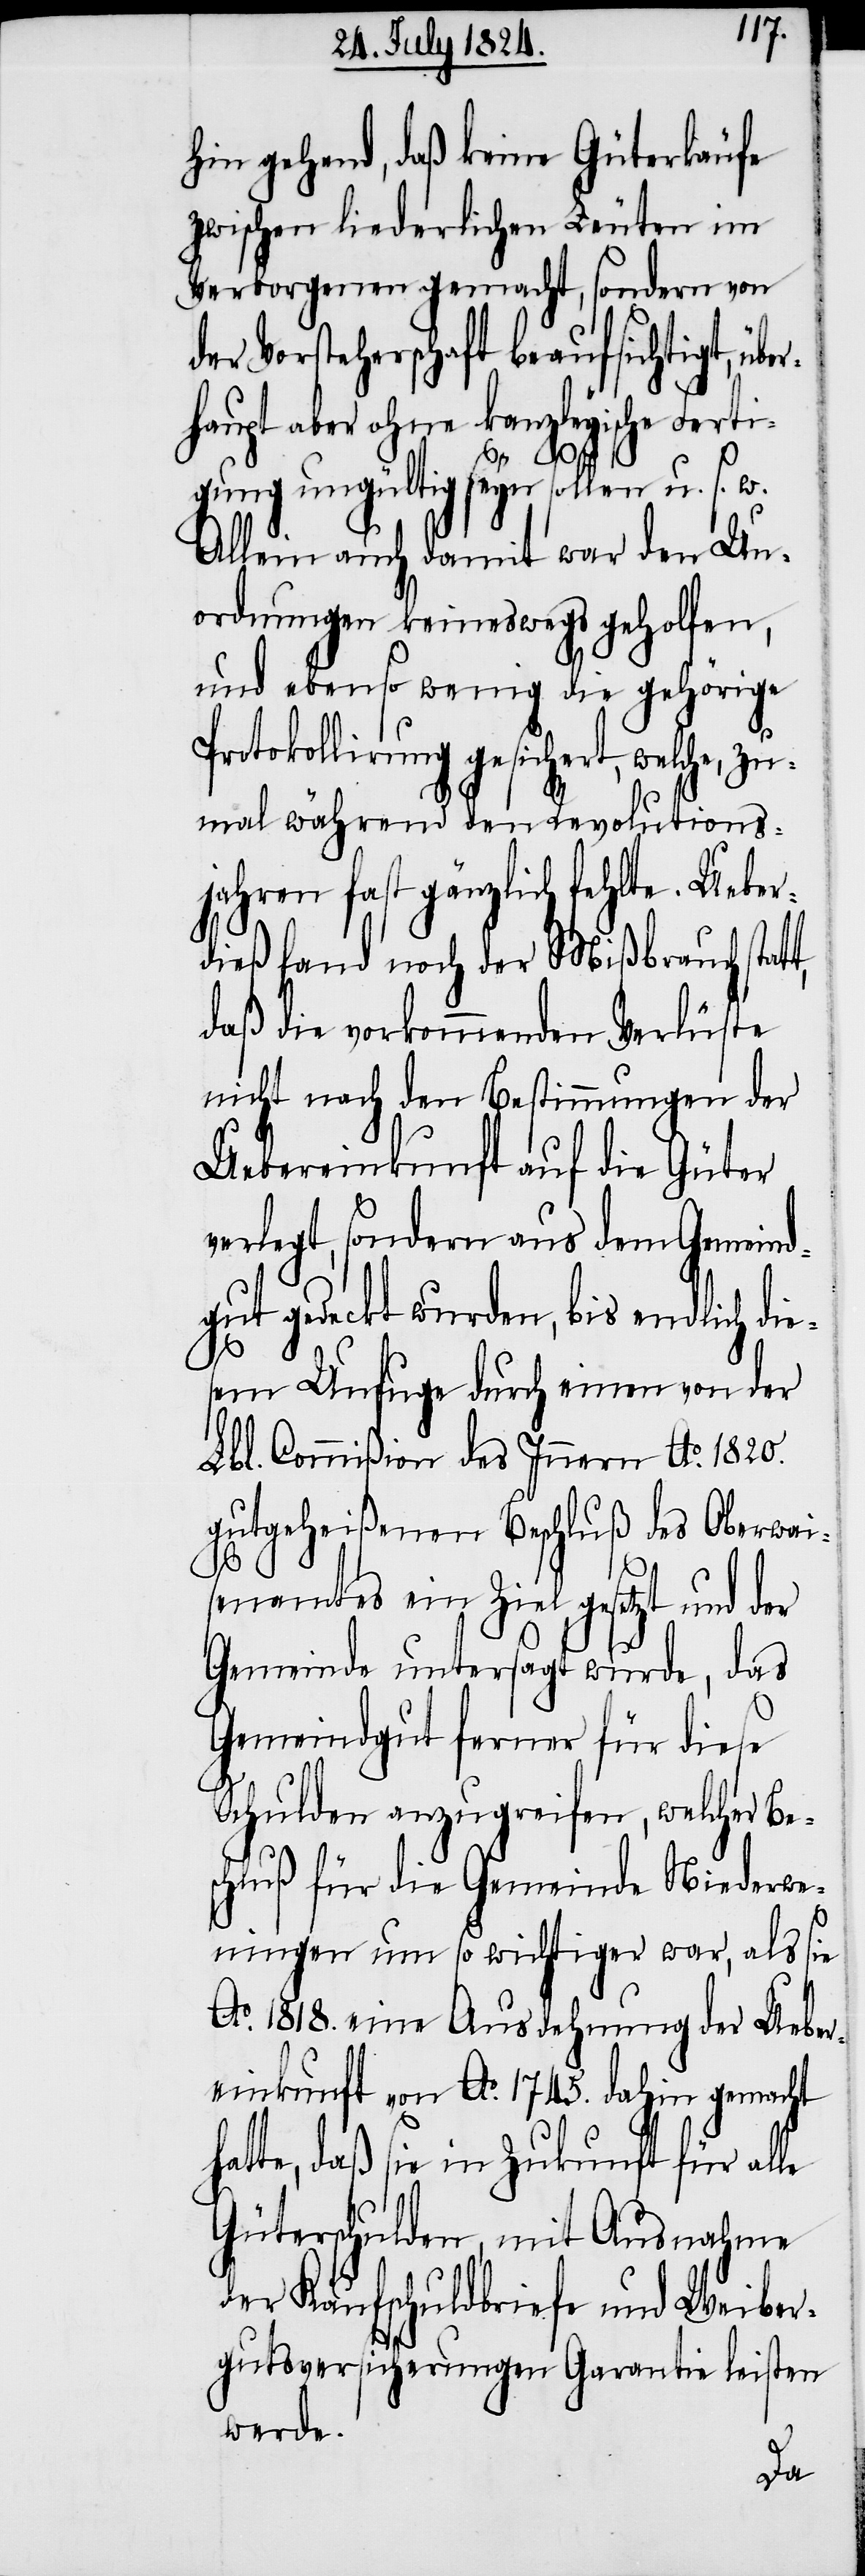
hin gehend, daß keine Güterkäufe
zwischen liederlichen Leuten im
Verborgenen gemacht, sondern von
der Vorsteherschaft beaufsichtigt, übe¬
rhaupt aber ohne kanzleyische Ferti¬
gung ungültig seyn sollen u. s. w.
Allein auch damit war den Un¬
ordnungen keineswegs geholfen,
und ebenso wenig die gehörige
Protokollirung gesichert, welche, zu¬
mal während den Revolutions¬
jahren fast gänzlich fehlte. Ueber¬
dieß fand noch der Mißbrauch statt,
daß die vorkommenden Verlüste
nicht nach den Bestimmungen der
Uebereinkunft auf die Güter
verlegt, sondern aus dem Gemeind¬
gut gedeckt wurden, bis endlich die¬
sem Unfuge durch einen von der
Lbl. Commißion des Innern Ao. 1820.
gutgeheißenen Beschluß des Oberwai¬
senamtes ein Ziel gesetzt und der
Gemeinde untersagt wurde, das
Gemeindgut ferner für diese
Schulden anzugreifen, welcher Be¬
schluß für die Gemeinde Niederwe¬
ningen um so wichtiger war, als sie
Ao. 1818. eine Ausdehnung der Ueber¬
einkunft von Ao. 1745. dahin gemacht
hatte, daß sie in Zukunft für alle
Güterschulden, mit Ausnahme
der Kaufschuldbriefe und Weiber¬
gutsversicherungen Garantie leisten
werde.